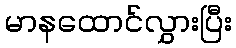
မာနထောင်လွှားပြီး